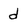
Character: d